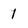
Character: 1